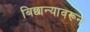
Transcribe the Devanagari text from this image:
बिछान्यावरून